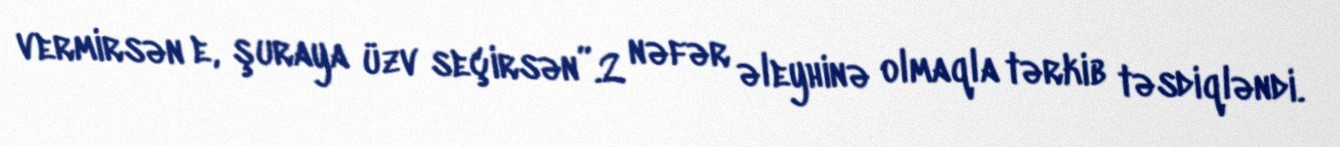
vermirsən e, şuraya üzv seçirsən”.2 nəfər əleyhinə olmaqla tərkib təsdiqləndi.